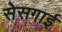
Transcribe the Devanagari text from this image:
सेसगाई